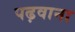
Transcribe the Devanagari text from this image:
पढ़वाना